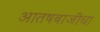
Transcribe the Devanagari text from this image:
आतषबाजीचा